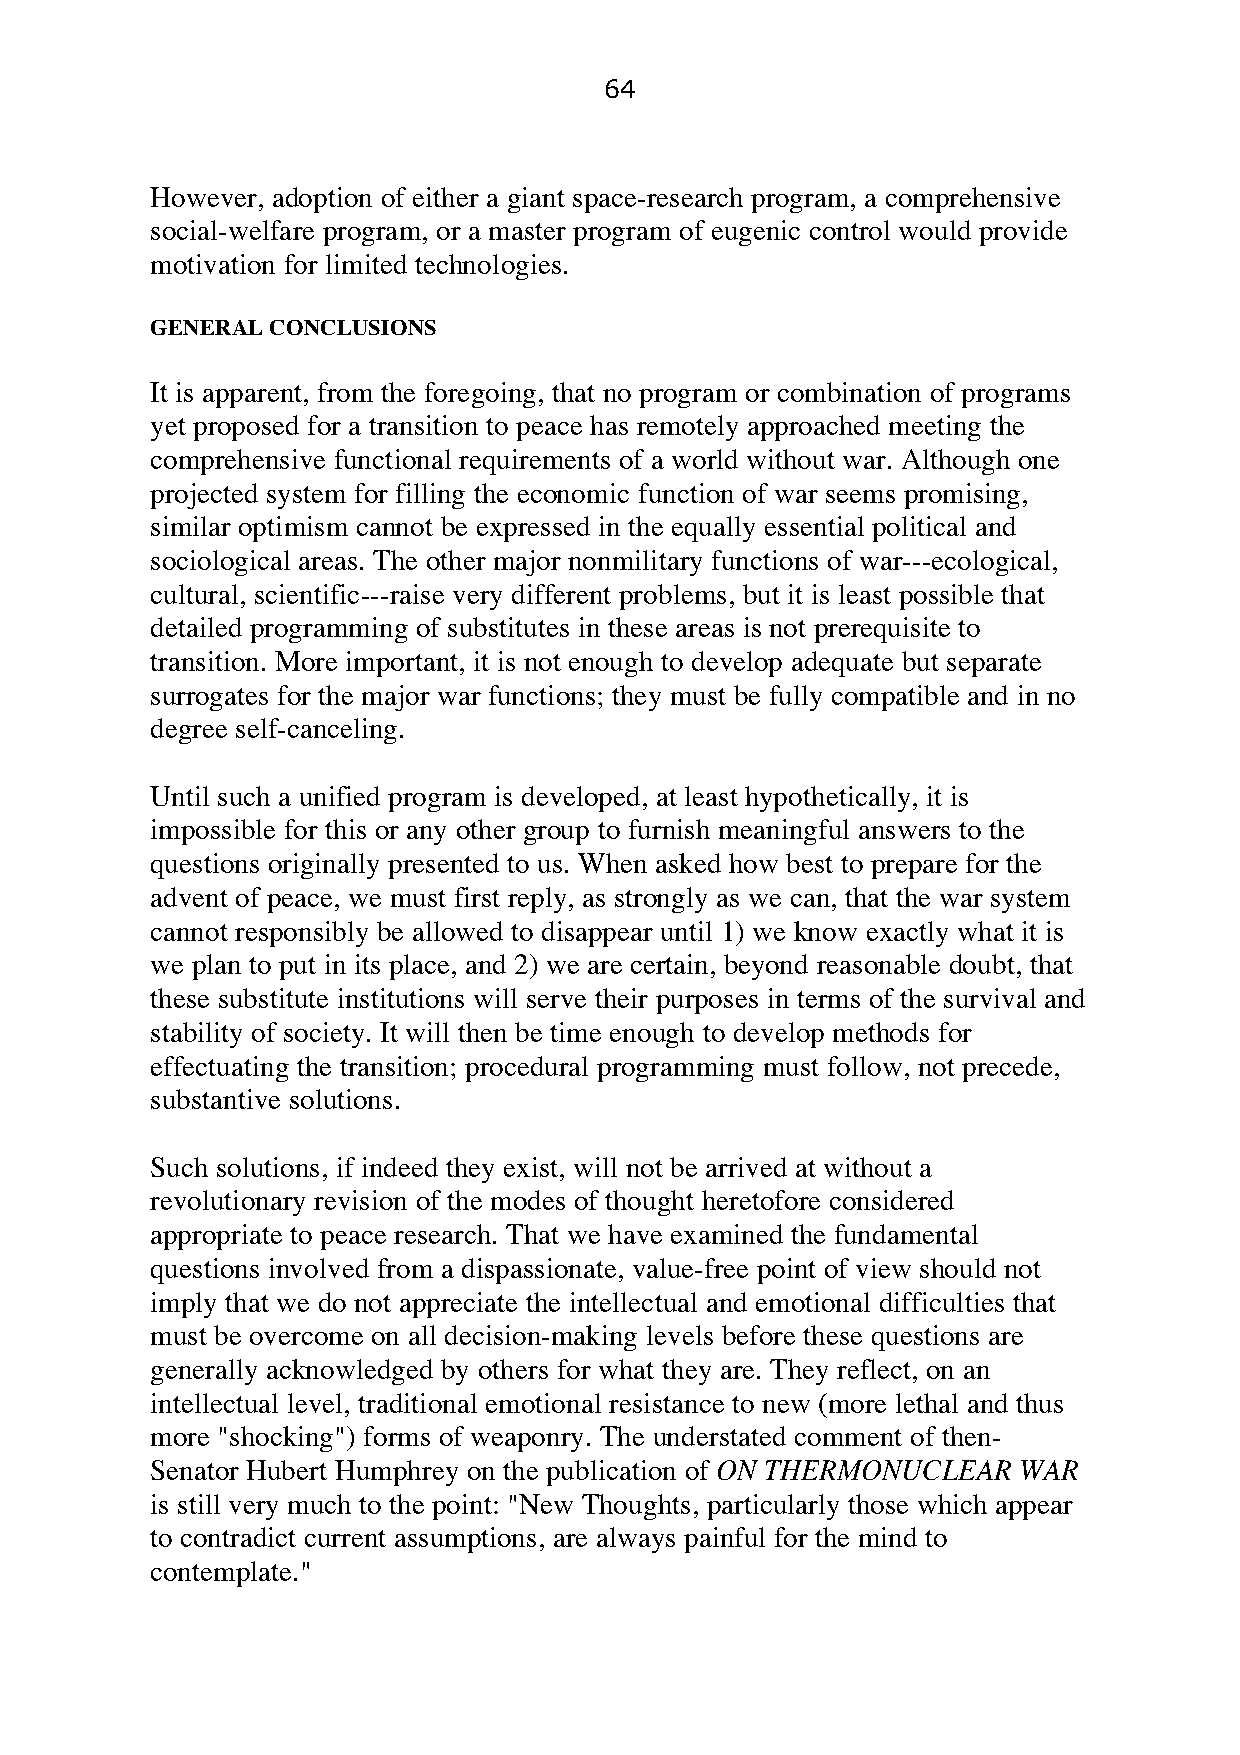
64
 However, adoption of either a giant space-research program, a comprehensive
 social-welfare program, or a master program of eugenic control would provide
 motivation for limited technologies.
 GENERAL CONCLUSIONS
 It is apparent, from the foregoing, that no program or combination of programs
 yet proposed for a transition to peace has remotely approached meeting the
 comprehensive functional requirements of a world without war. Although one
 projected system for filling the economic function of war seems promising,
 similar optimism cannot be expressed in the equally essential political and
 sociological areas. The other major nonmilitary functions of war---ecological,
 cultural, scientific---raise very different problems, but it is least possible that
 detailed programming of substitutes in these areas is not prerequisite to
 transition. More important, it is not enough to develop adequate but separate
 surrogates for the major war functions; they must be fully compatible and in no
 degree self-canceling.
 Until such a unified program is developed, at least hypothetically, it is
 impossible for this or any other group to furnish meaningful answers to the
 questions originally presented to us. When asked how best to prepare for the
 advent of peace, we must first reply, as strongly as we can, that the war system
 cannot responsibly be allowed to disappear until 1) we know exactly what it is
 we plan to put in its place, and 2) we are certain, beyond reasonable doubt, that
 these substitute institutions will serve their purposes in terms of the survival and
 stability of society. It will then be time enough to develop methods for
 effectuating the transition; procedural programming must follow, not precede,
 substantive solutions.
 Such solutions, if indeed they exist, will not be arrived at without a
 revolutionary revision of the modes of thought heretofore considered
 appropriate to peace research. That we have examined the fundamental
 questions involved from a dispassionate, value-free point of view should not
 imply that we do not appreciate the intellectual and emotional difficulties that
 must be overcome on all decision-making levels before these questions are
 generally acknowledged by others for what they are. They reflect, on an
 intellectual level, traditional emotional resistance to new (more lethal and thus
 more "shocking") forms of weaponry. The understated comment of then-
 Senator Hubert Humphrey on the publication of ON THERMONUCLEAR WAR
 is still very much to the point: "New Thoughts, particularly those which appear
 to contradict current assumptions, are always painful for the mind to
 contemplate."